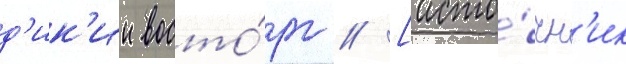
д'ик'ии восто́рг // [исто́чн'ик